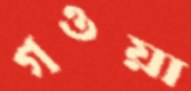
গওয়া